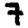
Digit: 7